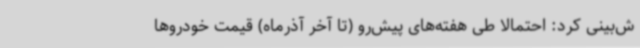
ش‌بینی کرد: احتمالا طی هفته‌های پیش‌رو (تا آخر آذرماه) قیمت خودروها